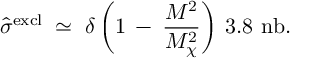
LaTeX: \hat { \sigma } ^ { \mathrm { e x c l } } \; \simeq \; \delta \left( 1 \: - \: \frac { M ^ { 2 } } { M _ { \chi } ^ { 2 } } \right) \: 3 . 8 ~ \mathrm { n b } .